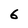
Character: 6